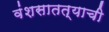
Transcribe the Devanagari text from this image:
वंशसातत्याची